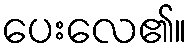
ပေးလေ၏။